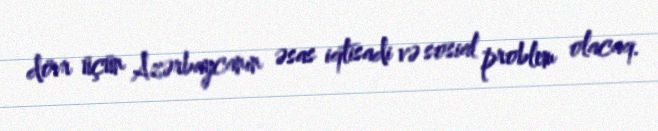
dövr üçün Azərbaycanın əsas iqtisadi və sosial problem olacaq.